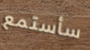
سأستمع